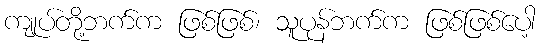
ကျုပ်တို့ဘက်က ဖြစ်ဖြစ်၊ သူပုန်ဘက်က ဖြစ်ဖြစ်ပေါ့